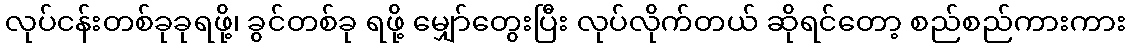
လုပ်ငန်းတစ်ခုခုရဖို့၊ ခွင်တစ်ခု ရဖို့ မျှော်တွေးပြီး လုပ်လိုက်တယ် ဆိုရင်တော့ စည်စည်ကားကား